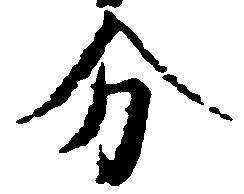
分